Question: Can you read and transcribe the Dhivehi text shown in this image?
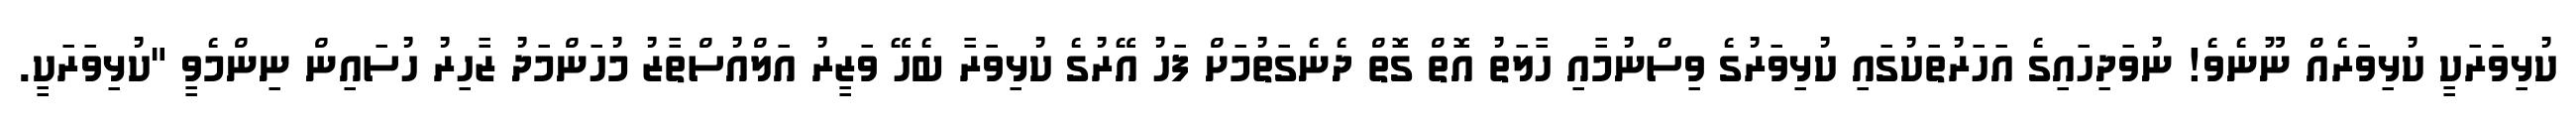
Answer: ކުޅިވަރަކީ ކުޅިވަރެއް ނޫނެވެ! ނުވަދިހައިގެ އަހަރުތަކުގައި ކުޅިވަރުގެ ވިސްނުމާއި ހާލަތު އޮތް ގޮތް ދެނެގަތުމަށް ފަހު އޭރުގެ ކުޅިވަރާ ބެހޭ ވަޒީރު އަލްއުސްތާޒު މުހަންމަދު ޒާހިރު ހުސައިން ނިންމެވީ "ކުޅިވަރަކީ.